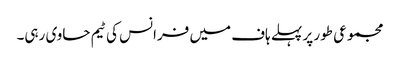
مجموعی طور پر پہلے ہاف میں فرانس کی ٹیم حاوی رہی۔